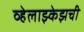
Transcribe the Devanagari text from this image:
व्हेलाझ्केझची